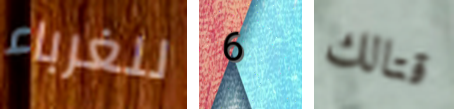
للغرباء 6 قتالك